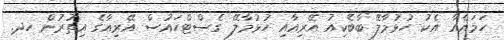
ހަމައެއާ އެކު ހުޅުމާލޭ ބާބެކިއު އޭރިއާއި ހުޅުމާލޭ ގެސްޓްހައުސް އޭރިއާގެ އިތުރުން ހދ.